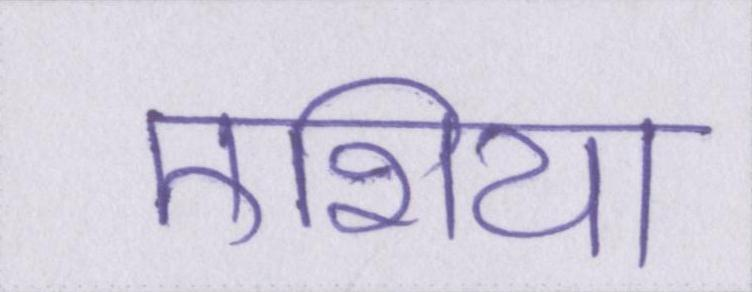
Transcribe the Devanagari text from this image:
एशिया